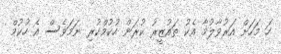
ހަ މަހަށް އަރުވާލުމާ އެކު ތައުޒީރު ކުރަން ހުކުމްކުރި ނަމަވެސް އެ ހުކުމް